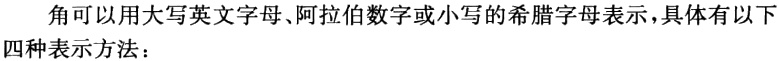
角可以用大写英文字母、阿拉伯数字或小写的希腊字母表示，具体有以下